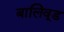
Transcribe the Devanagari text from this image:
बालिवूड